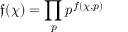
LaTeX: { \mathfrak { f } } ( \chi ) = \prod _ { p } p ^ { f ( \chi , p ) }